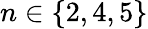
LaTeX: n\in\{ 2,4,5\}